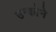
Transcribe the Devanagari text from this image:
उन्कोने